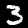
Label: 3